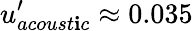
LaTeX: u_{acoust\mathbf{i}c}^{\prime}\approx0.035